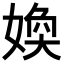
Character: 𡞵